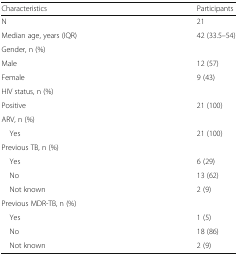
<table><thead><tr><td><b>Characteristics</b></td><td><b>Participants</b></td></tr></thead><tbody><tr><td>N</td><td>21</td></tr><tr><td>Median age, years (IQR)</td><td>42 (33.5–54)</td></tr><tr><td colspan="2">Gender, n (%)</td></tr><tr><td>Male</td><td>12 (57)</td></tr><tr><td>Female</td><td>9 (43)</td></tr><tr><td colspan="2">HIV status, n (%)</td></tr><tr><td>Positive</td><td>21 (100)</td></tr><tr><td colspan="2">ARV, n (%)</td></tr><tr><td> Yes</td><td>21 (100)</td></tr><tr><td colspan="2">Previous TB, n (%)</td></tr><tr><td> Yes</td><td>6 (29)</td></tr><tr><td> No</td><td>13 (62)</td></tr><tr><td> Not known</td><td>2 (9)</td></tr><tr><td colspan="2">Previous MDR-TB, n (%)</td></tr><tr><td> Yes</td><td>1 (5)</td></tr><tr><td> No</td><td>18 (86)</td></tr><tr><td> Not known</td><td>2 (9)</td></tr></tbody></table>